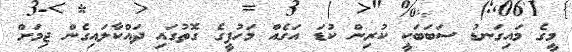
މީގެ މައިގަނޑު ސަބަބަކީ ކުރިން ކުޑަ އަގެއް މަހުފީގެ ގޮތުގައި ދައްކާލައިގެން ޖިމަށް